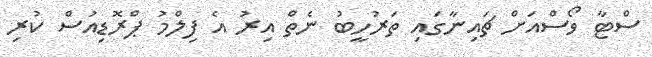
ސްޓާ ވޯސްއަށް ޗައިނާގައި ތަރުހީބު ނެތް އިރު އެ ފިލްމު ޕްރޮޑިއުސް ކުރި